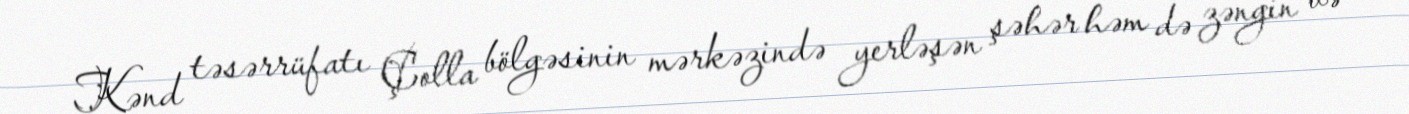
Kənd təsərrüfatı Çolla bölgəsinin mərkəzində yerləşən şəhər həm də zəngin və